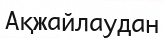
Ақжайлаудан